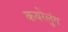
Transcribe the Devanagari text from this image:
कयरेलुंग